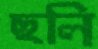
ছলি